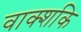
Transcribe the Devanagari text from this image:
वाक्शकि